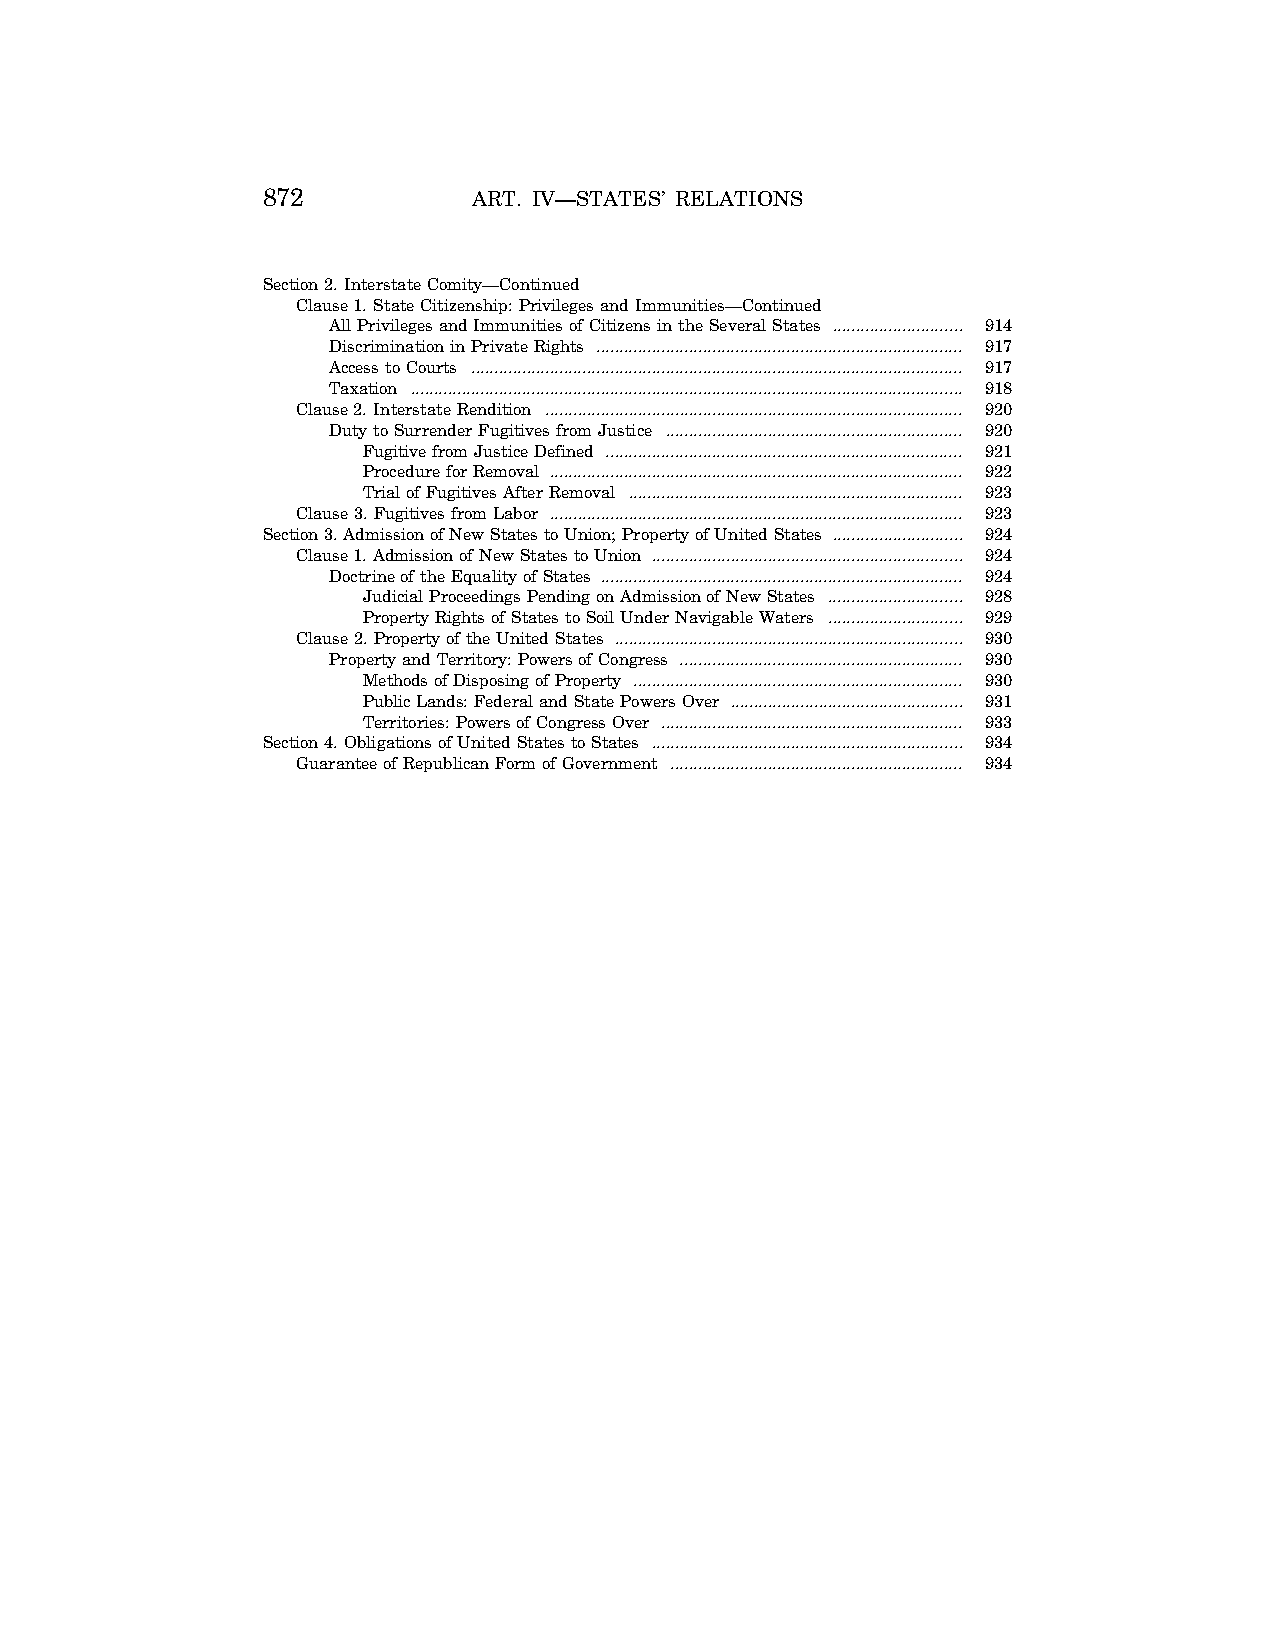
872           ART. IV—STATES’ RELATIONS
 Section 2. Interstate Comity—Continued
 Clause 1. State Citizenship: Privileges and Immunities—Continued
 All Privileges and Immunities of Citizens in the Several States ............................ 914
 Discrimination in Private Rights ............................................................................... 917
 Access to Courts .......................................................................................................... 917
 Taxation ....................................................................................................................... 918
 Clause 2. Interstate Rendition .......................................................................................... 920
 Duty to Surrender Fugitives from Justice ................................................................ 920
 Fugitive from Justice Defined ............................................................................. 921
 Procedure for Removal ......................................................................................... 922
 Trial of Fugitives After Removal ........................................................................ 923
 Clause 3. Fugitives from Labor ......................................................................................... 923
 Section 3. Admission of New States to Union; Property of United States ............................ 924
 Clause 1. Admission of New States to Union ................................................................... 924
 Doctrine of the Equality of States .............................................................................. 924
 Judicial Proceedings Pending on Admission of New States ............................. 928
 Property Rights of States to Soil Under Navigable Waters ............................. 929
 Clause 2. Property of the United States ........................................................................... 930
 Property and Territory: Powers of Congress ............................................................. 930
 Methods of Disposing of Property ....................................................................... 930
 Public Lands: Federal and State Powers Over .................................................. 931
 Territories: Powers of Congress Over ................................................................. 933
 Section 4. Obligations of United States to States ................................................................... 934
 Guarantee of Republican Form of Government ............................................................... 934
 VerDate Apr 14 2004 15:54 Apr 14, 2004 Jkt 077500 PO 00000 Frm 00002 Fmt 8221 Sfmt 8221 C:\CONAN\CON014.XXX PRFM99 PsN: CON014